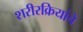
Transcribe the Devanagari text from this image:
शरीरक्रियांचे